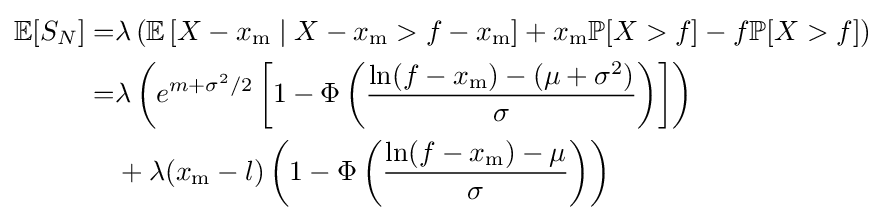
{\begin{aligned}\mathbb {E} [S_{N}]=&\lambda \left(\mathbb {E} \left[X-x_{\mathrm {m} }\mid X-x_{\mathrm {m} }>f-x_{\mathrm {m} }\right]+x_{\mathrm {m} }\mathbb {P} [X>f]-f\mathbb {P} [X>f]\right)\\=&\lambda \left(e^{m+\sigma ^{2}/2}\left[1-\Phi \left({\frac {\ln(f-x_{\mathrm {m} })-(\mu +\sigma ^{2})}{\sigma }}\right)\right]\right)\\&+\lambda (x_{\mathrm {m} }-l)\left(1-\Phi \left({\frac {\ln(f-x_{\mathrm {m} })-\mu }{\sigma }}\right)\right)\end{aligned}}